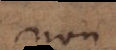
non